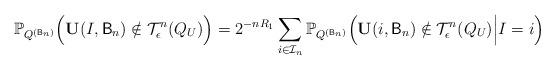
LaTeX: \begin{align*} \mathbb{P}_{Q^{(\mathsf{B}_n)}}\Big(\mathbf{U}(I,\mathsf{B}_n)\notin\mathcal{T}_\epsilon^n(Q_U)\Big)=2^{-nR_1}\sum_{i\in\mathcal{I}_n}\mathbb{P}_{Q^{(\mathsf{B}_n)}}\Big(\mathbf{U}(i,\mathsf{B}_n)\notin\mathcal{T}_\epsilon^n(Q_U)\Big| I=i\Big)\end{align*}